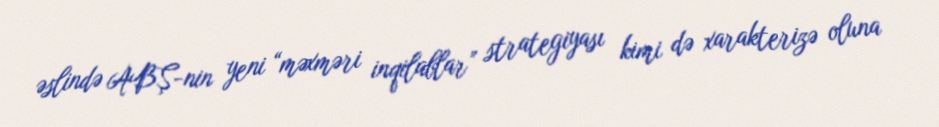
əslində ABŞ-nin yeni “məxməri inqilablar” strategiyası kimi də xarakterizə oluna